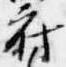
府